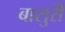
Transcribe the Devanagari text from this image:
बासुरी